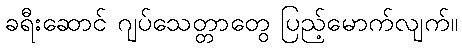
ခရီးဆောင် ဂျပ်သေတ္တာတွေ ပြည့်မောက်လျက်။